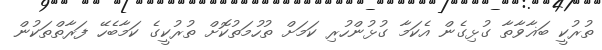
ތުރުކީ ބަޣާވާތާ ގުޅިގެން އެކަމާ ގުޅުންހުރި ކަމަށް ތުހުމަތުކޮށް ތުރުކީގެ ކަމާބެހޭ ފަރާތްތަކުން